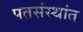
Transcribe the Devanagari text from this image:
पतसंस्थांत